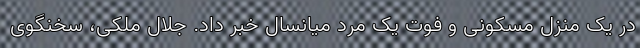
در یک منزل مسکونی و فوت یک مرد میانسال خبر داد. جلال ملکی، سخنگوی